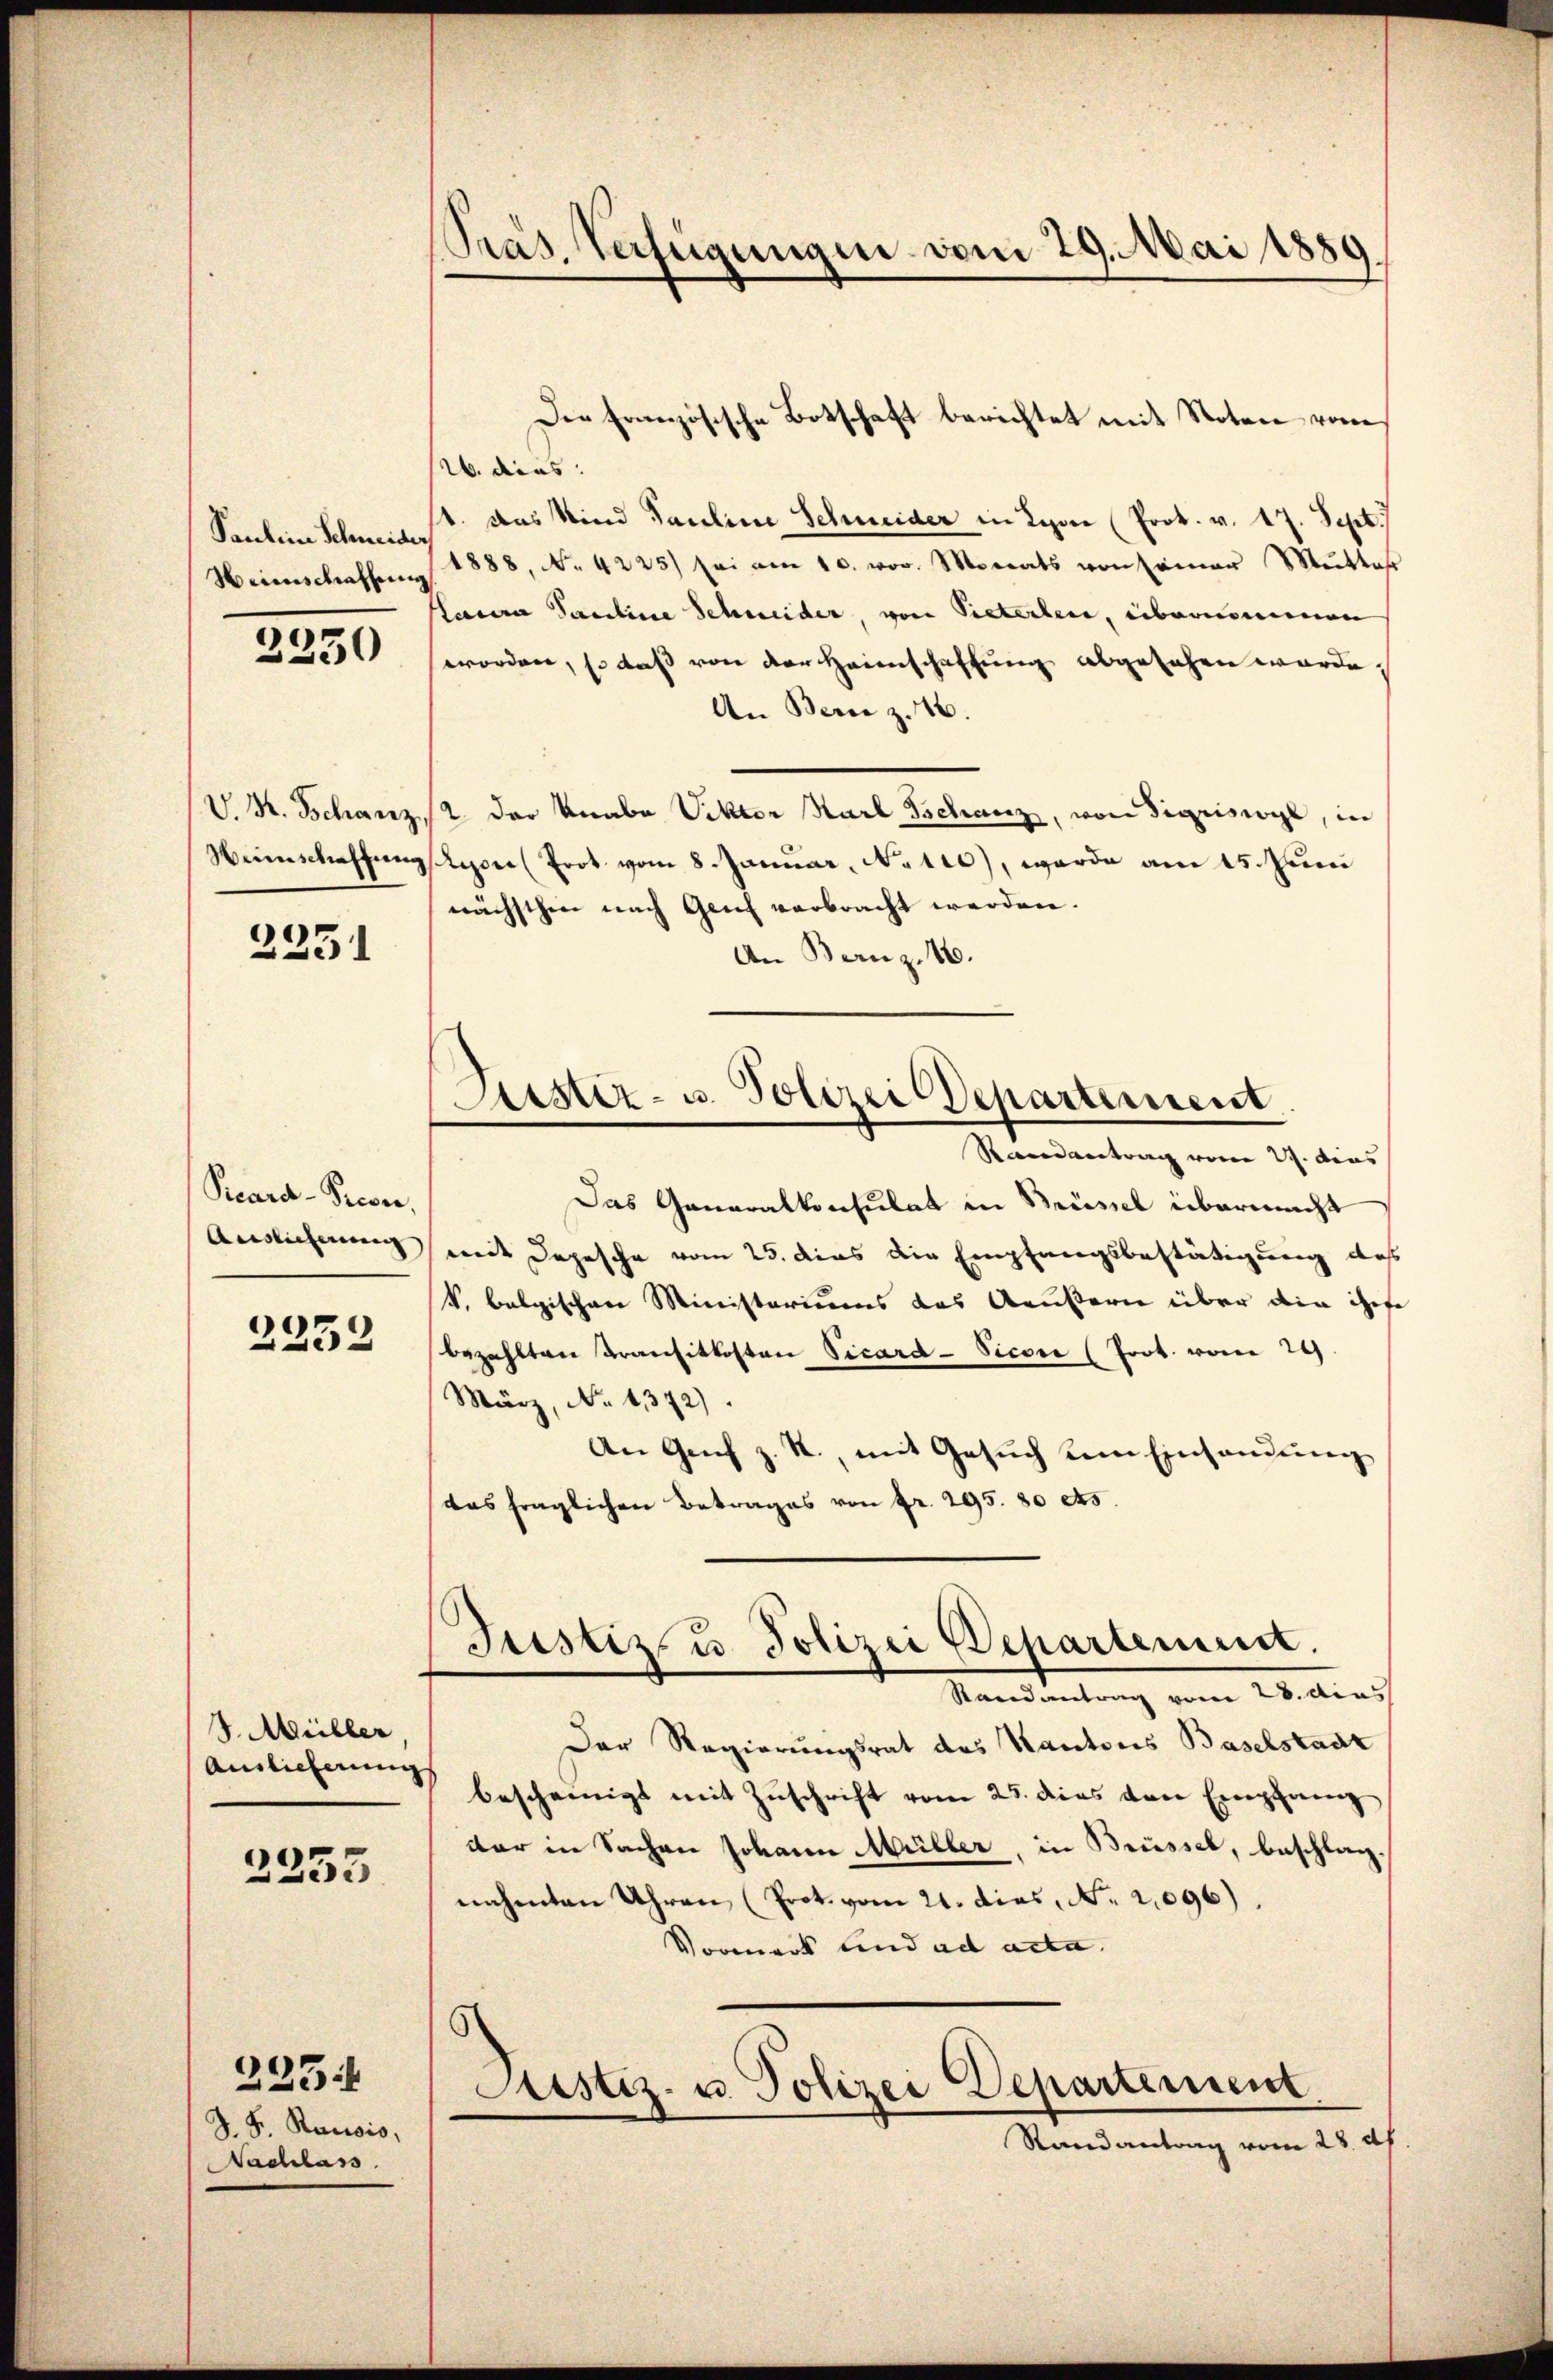
Pras. Verfügungen vom 29. Mai 1889.

Die französische Botschaft berichtet mit Noten vom

. dies
Sauline Schwer das Kind Pauline Schneider in Lyon (Prok. v. 17. Sept.)
Weinschaffŭng 1888, No. 4225) sei am 10. vor. Monats von seiner Mŭttas
lacere Paroline Schneider, von Pieterben, übernommen
worden, so daß von der Heimschaffung abgesehen wurde.
An Bern z. 16.
V. K. Schanz, 2. der Knabe Viktor Karl Tschanz, von Sigriswyl, in
Weinschaffung Lyon (Prot vom 8. Januar, No 110), werde am 15. Juni
nächsthin nach Genf verbracht werden.
An Bernz 16.

2250

2351

Justiz- u. Polizei Departement.
Randantrag vom 29. Dies

Das Generalkonsulat in Müssel übermacht
Auslicherung mit Depesche vom 25. dies die Empfangsbestätigung des
k. balgischen Ministeriums des Aeußern über dein ihre
bezahlten Transitkosten Vicard-Sicon (Prot. vom 29.
März, No 1372).
An Genf z. R., mit Gesuch dem Einsamung
das fraglichen Betrages von fr. 295. 80 ets
Justiz u. Polizei Departement.
Mandantung vom 23. dies
Der Regierungsrat des Kantons Baselstadt
bescheinigt mit Zuschrift vom 25. dies den Empfang
dar in Sachen Johann Müller, in Brüssel, beschlagnahmten Uhren (Prot. vom 21. dies, No. 2096).
Vormerk und ad acta.
Justiz- u. Polizei Departement.
Randantrag vom 28. ds.

Reard-Pecon

2252

J. Müller
Auslieferung

2333

S. S. Rausis,
Nachlass

225